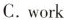
C.work